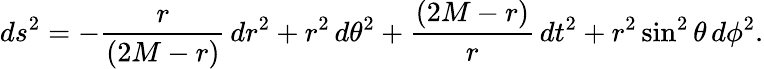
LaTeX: ds^{2}=-{\frac{r}{(2M-r)}}\, dr^{2}+r^{2}\, d\theta^{2}+{\frac{(2M-r)}{r}}\, dt^{2}+r^{2}\sin^{2}\theta\, d\phi^{2}.